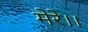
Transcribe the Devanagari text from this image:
मेरे।।